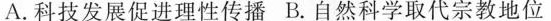
A.科技发展促进理性传播B.自然科学取代宗教地位